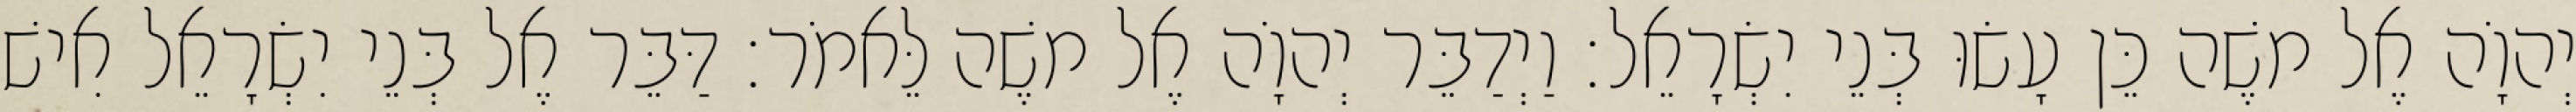
יְהוָֹה אֶל משֶׁה כֵּן עָשׂוּ בְּנֵי יִשְׂרָאֵל׃ וַיְדַבֵּר יְהוָֹה אֶל משֶׁה לֵּאמֹר׃ דַּבֵּר אֶל בְּנֵי יִשְׂרָאֵל אִישׁ